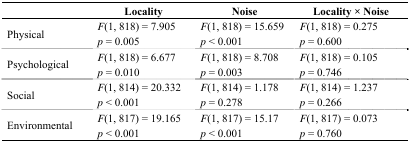
|  | Locality | Noise | Locality × Noise |
 | --- | --- | --- | --- |
 | <ROWSPAN=2> Physical | F(1, 818) = 7.905 | F(1, 818) = 15.659 | F(1, 818) = 0.275 |
 | p = 0.005 | p < 0.001 | p = 0.600 |
 | <ROWSPAN=2> Psychological | F(1, 818) = 6.677 | F(1, 818) = 8.708 | F(1, 818) = 0.105 |
 | p = 0.010 | p = 0.003 | p = 0.746 |
 | <ROWSPAN=2> Social | F(1, 814) = 20.332 | F(1, 814) = 1.178 | F(1, 814) = 1.237 |
 | p < 0.001 | p = 0.278 | p = 0.266 |
 | <ROWSPAN=2> Environmental | F(1, 817) = 19.165 | F(1, 817) = 15.17 | F(1, 817) = 0.073 |
 | p < 0.001 | p < 0.001 | p = 0.760 |